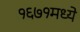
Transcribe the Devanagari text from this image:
१६७१मध्ये